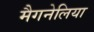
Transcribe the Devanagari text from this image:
मैगनेलिया